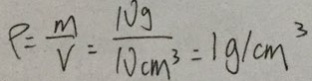
\rho = \frac { m } { V } = \frac { 1 0 g } { 1 0 c m ^ { 3 } } = 1 g / c m ^ { 3 }